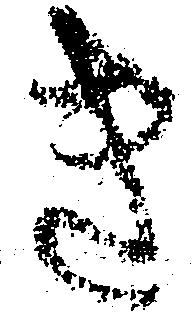
き